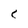
Character: C